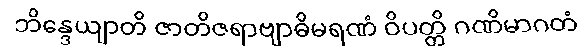
ဘိန္ဒေယျာတိ ဇာတိဇရာဗျာဓိမရဏံ ဝိပတ္တိ ဂဏိမာဂတံ